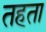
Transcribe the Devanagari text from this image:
तहता